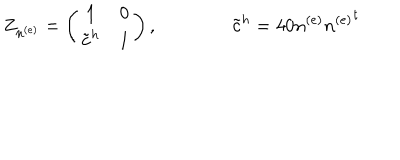
Z _ { n ^ { ( e ) } } = \left( \begin{matrix} { { { \bf 1 } } } & { { 0 } } \\ { { { { \tilde { \bf c } } ^ { h } } } } & { { { \bf 1 } } } \\ \end{matrix} \right) , \qquad \qquad { \tilde { \bf c } } ^ { h } = 4 0 n ^ { ( e ) } { n ^ { ( e ) } } ^ { t }